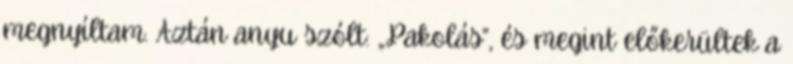
megnyíltam. Aztán anyu szólt: „Pakolás”, és megint előkerültek a